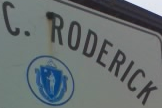
C. RODERICK